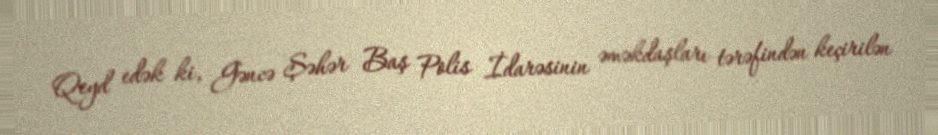
Qeyd edək ki, Gəncə Şəhər Baş Polis İdarəsinin əməkdaşları tərəfindən keçirilən